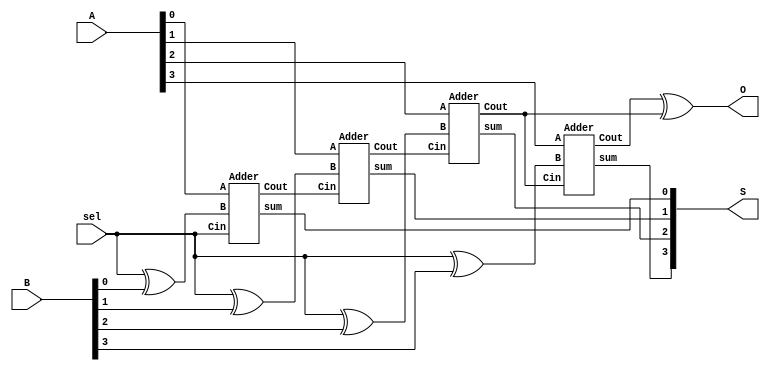
module AS(sel, A, B, S, O);
input [3:0] A, B;
wire [4:0] C;
input sel;
output [3:0] S;
output O;
// reg O;

wire adder1,adder2,adder3,adder4;
    // always@(sel or A or B)
    // begin
    assign C[0] = sel;
    // $display("sel=%d", sel);
    assign adder1 = sel ^ B[0];                //XOR(adder1, sel, B[0]);
    Adder a (A[0], adder1, C[0], C[1], S[0]);
    assign adder2 = sel ^ B[1];                //XOR(adder2, sel^ B[1]);
    Adder b (A[1], adder2, C[1], C[2], S[1]);
    assign adder3 = sel ^ B[2];                //XOR(adder3, sel, B[2]);
    Adder c (A[2], adder3, C[2], C[3], S[2]);
    assign adder4 = sel ^ B[3];                //XOR(adder4, sel, B[3]);
    Adder d (A[3], adder4, C[3], C[4], S[3]);   
    assign O= C[4] ^ C[3];                     //XOR(O, C[4], C[3]);
    // end
endmodule


module Adder(A, B, Cin, Cout, sum);
    input A, B, Cin;
    output Cout, sum;
    reg func1, func2,func3,Cout,sum;
    always@(Cin or A or B)
        begin
            func1 = A ^ B;          //XOR(func1, A, B);
            sum = Cin ^ func1;      //XOR(sum, Cin, func1);
            func2= Cin & func1;     //AND(func2, Cin, func1);
            func3 = A & B;          //AND(func3,A,B);
            Cout = func2 | func3;   //OR(Cout, func2, func3);
        end
endmodule